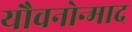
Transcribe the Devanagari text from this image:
यौवनोन्माद